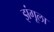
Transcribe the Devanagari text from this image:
झंगूला